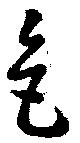
色